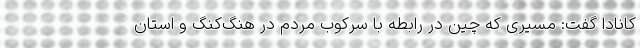
کانادا گفت: مسیری که چین در رابطه با سرکوب مردم در هنگ‌کنگ و استان